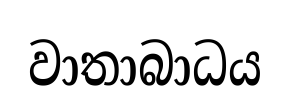
වාතාබාධය